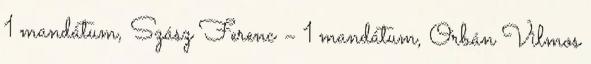
1 mandátum, Szász Ferenc – 1 mandátum, Orbán Vilmos